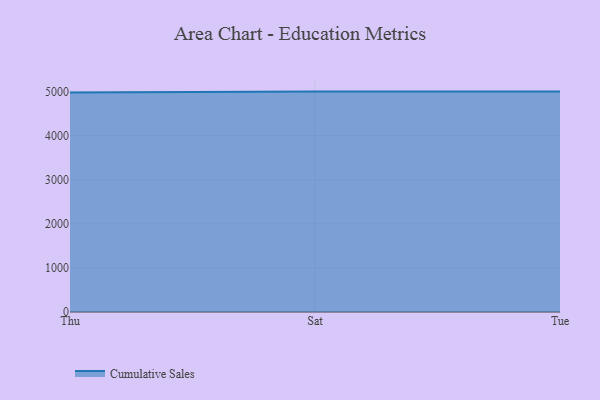
{"axis": {"x": "Day", "y": "Waste Production (Tons)"}, "legend": ["Cumulative Sales"], "data": [{"x": "Thu", "y": 4982.0, "type": "Cumulative Sales"}, {"x": "Sat", "y": 5000, "type": "Cumulative Sales"}, {"x": "Tue", "y": 5000, "type": "Cumulative Sales"}]}